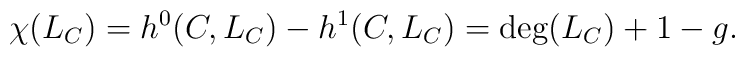
\chi(L_C)=h^0(C,L_C)-h^1(C,L_C)=\deg(L_C)+1-g.